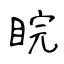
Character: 睆